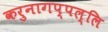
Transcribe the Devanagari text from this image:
करुनागप्पल्लि